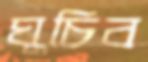
ঘুচিব